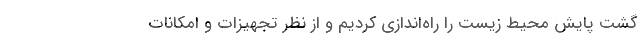
گشت پایش محیط زیست را راه‌اندازی کردیم و از نظر تجهیزات و امکانات